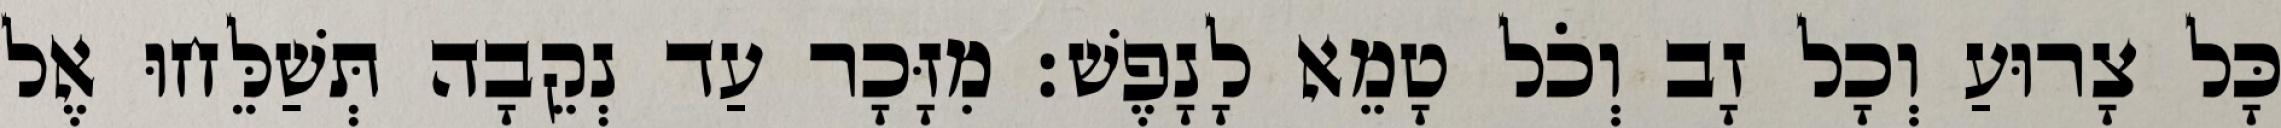
כָּל צָרוּעַ וְכָל זָב וְכֹל טָמֵא לָנָפֶשׁ׃ מִזָּכָר עַד נְקֵבָה תְּשַׁלֵּחוּ אֶל